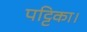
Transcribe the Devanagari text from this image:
पट्टिका।